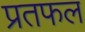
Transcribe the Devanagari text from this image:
प्रतफल